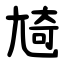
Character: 㞆